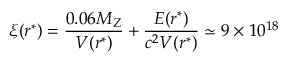
\xi ( r ^ { * } ) = \frac { 0 . 0 6 M _ { Z } } { V ( r ^ { * } ) } + \frac { E ( r ^ { * } ) } { c ^ { 2 } V ( r ^ { * } ) } \simeq 9 \times 1 0 ^ { 1 8 }